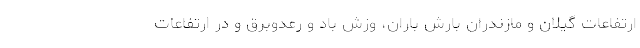
ارتفاعات گیلان و مازندران بارش باران، وزش باد و رعدوبرق و در ارتفاعات